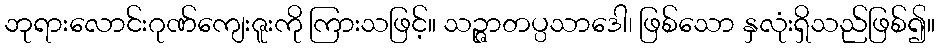
ဘုရားလောင်းဂုဏ်ကျေးဇူးကို ကြားသဖြင့်။ သဉ္ဇာတပ္ပသာဒေါ၊ ဖြစ်သော နှလုံးရှိသည်ဖြစ်၍။